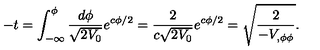
- t = \int _ { - \infty } ^ { \phi } { \frac { d \phi } { \sqrt { 2 V _ { 0 } } } } e ^ { c \phi / 2 } = { \frac { 2 } { c \sqrt { 2 V _ { 0 } } } } e ^ { c \phi / 2 } = \sqrt { \frac { 2 } { - V _ { , \phi \phi } } } .